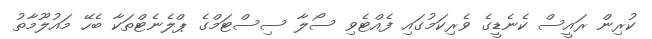
ކުރިން ރައީސް ކެެނެޑީގެ ވެރިކަމުގައި ފެއްޓެވި ސޯލާ ސިސްޓަމްގެ ޕްލެނެޓްތަކާ ބެހޭ މައުލޫމާތު